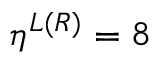
{ \eta } ^ { L ( R ) } = 8